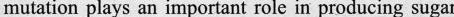
mutation plays an important role in producing sugar